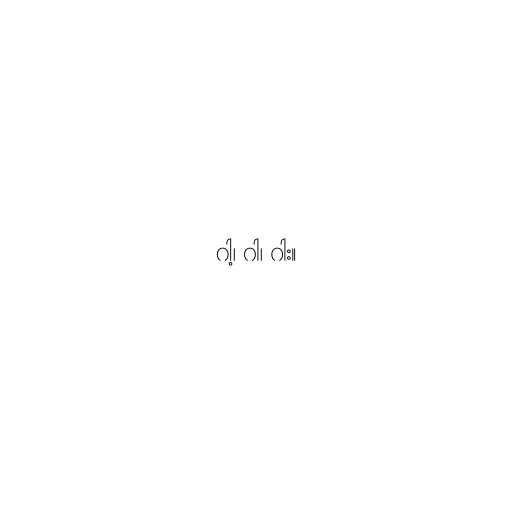
ဂါ့၊ ဂါ၊ ဂါး။